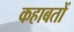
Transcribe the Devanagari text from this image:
कहाबतों